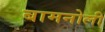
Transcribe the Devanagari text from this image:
बामनोली